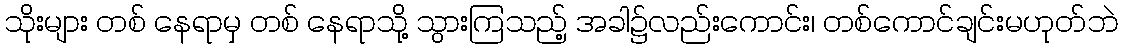
သိုးများ တစ် နေရာမှ တစ် နေရာသို့ သွားကြသည့် အခါ၌လည်းကောင်း၊ တစ်ကောင်ချင်းမဟုတ်ဘဲ